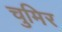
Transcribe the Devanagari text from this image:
चुमिर